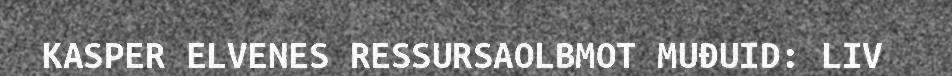
KASPER ELVENES RESSURSAOLBMOT MUĐUID: LIV